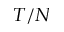
T / N